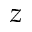
z